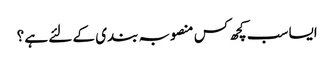
ایسا سب کچھ کس منصوبہ بندی کے لئے ہے ؟